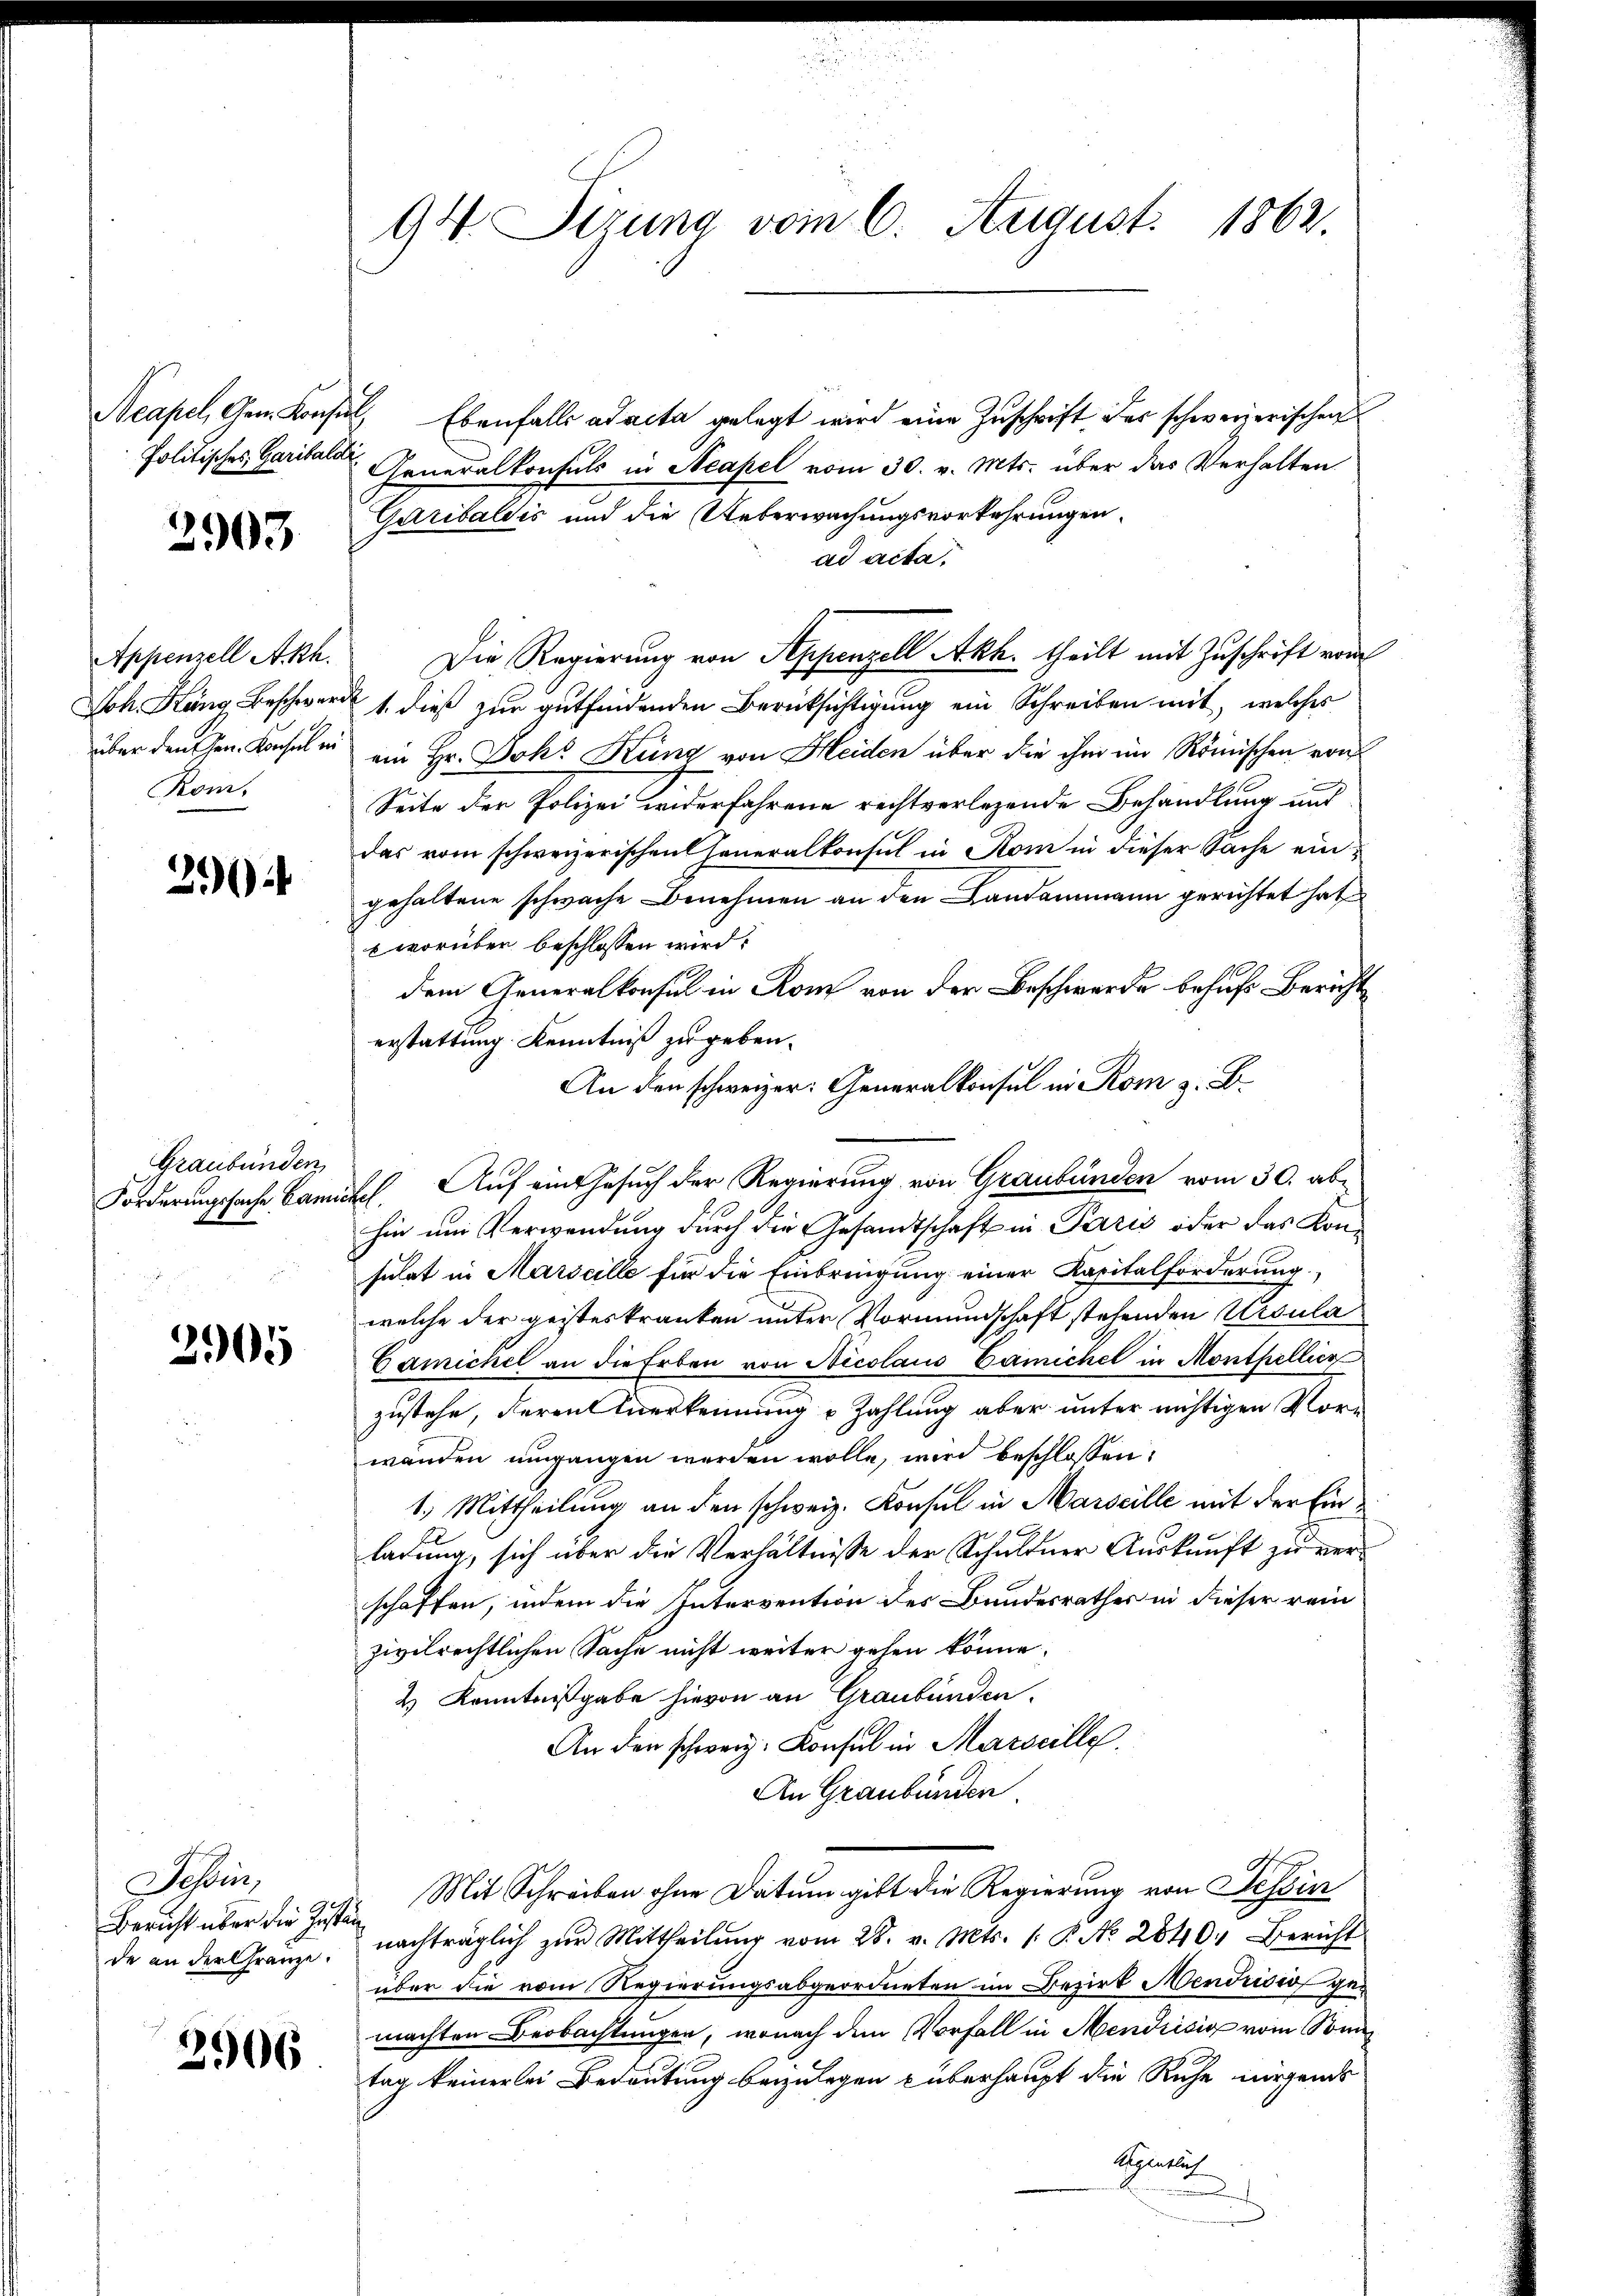
Neapel, Gem. Konsen
Politisches Garibaldi

2903

Appenzell A.Rh.
Joh. Häng Beschwere
E
über den Hrn. Konsul in
Kom,

290

Graubünden
Forderungssache Bann

2905

Sechsen,
Bericht über die Just
de an der Gränze.

2906

94. Sizung vom 6. August 1862

. Ebenfalls ad acta gelegt wird eine Zuschrift des schwarzerischen
Generalkonsuls in Neapel vom 30. v. Mts. über das Verhalten
Garibaldis und die Ueberwachungsvorkehrungen
ad acta
Die Regierung von Appenzell Akh. theilt mit Zuschrift vom
1. dieß zur gutfindenden Berücksichtigung ein Schreiben mit, welches
ein Hr. Joh. Küng von Heiden über die ihm im Römischen von
Seite der Polizei widerfahrene rechtverlegende Behandlung und
das vom schweizerischen Generalkonsul in Rom in dieser Sache eingehaltene schwache Benehmen an den Landammann gerichtet hat
 worüber beschlossen wird:
dem Generalkonsul in Rom von der Beschwerde behufs Bericht
erstattung Kenntniß zu geben.
An den schweizer. Generalkonsul in Rom z. B.
Auf ein Gesuch der Regierung von Graubünden vom 30. ab-
.
hin um Verwendung durch die Gesandtschaft in Paris oder das Konsulat in Marseille für die Einbringung einer Kapitalforderung
welche der geisteskranken unter Vormundschaft stehenden Ursula
Gamickel an die Erben von Nicolaus Camichel in Monthellier
zustehe, deren Anerkennung u Zahlung aber unter richtigen Vorwanden umgangen werden wolle, wird beschlossen:
1.) Mittheilung an den schweiz. Konsul in Marseille mit der Einladung, sich über die Verhältnisse der Schuldner Auskunft zu verschaffen, indem die Intervention des Bundesrathes in dieser rein
zivilrechtlichen Sache nicht weiter gehen könne.
4 Kenntnißgabe hievon an Graubünden.
An der schweiz. Konsul in Marseille.
An Graubünden
 Mit Schreiben ohne Datum gibt die Regierung von Tessin
nachträglich zur Mittheilung vom 28. v. Mts. 1. P. No. 2840. Bericht
über die vom Regierungsabgeordneten im Bezirk Mendrisis gemachten Beobachtungen, wonach dem Vorfall in Mendrisis vom Sonn
tag keinerlei Bedeutung beizulegen überhaupt die Ruhe nirgends
Agentlich
u